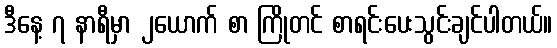
ဒီနေ့ ၇ နာရီမှာ ၂ယောက် စာ ကြိုတင် စာရင်းပေးသွင်းချင်ပါတယ်။